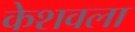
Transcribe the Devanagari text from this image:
केशवला